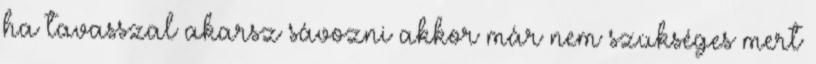
ha tavasszal akarsz sávozni akkor már nem szükséges mert